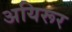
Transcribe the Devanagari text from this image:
अयिरूर